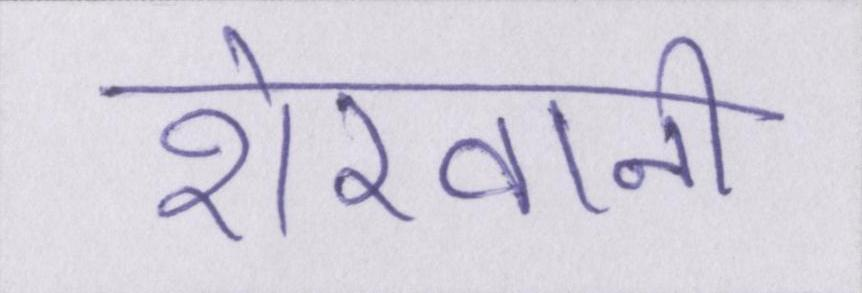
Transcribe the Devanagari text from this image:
शेरवानी